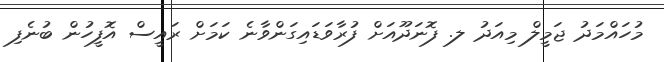
މުހައްމަދު ޖަމީލް މިއަދު ލ. ފޮނަދޫއަށް ފުރާވަޑައިގަންވާނެ ކަމަށް ރައީސް އޮފީހުން ބުނެފި